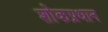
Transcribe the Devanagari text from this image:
शोकप्रधान